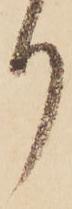
り